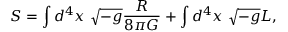
S = \int d ^ { 4 } x \ \sqrt { - g } { \frac { R } { 8 \pi G } } + \int d ^ { 4 } x \ \sqrt { - g } { \cal L } ,